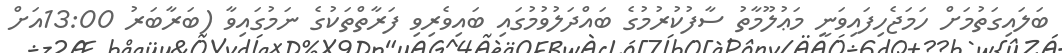
ބަލައިގަތުމަށް ހަމަޖެހިފައިވަނީ މަޢުލޫމާތު ސާފުކުރުމުގެ ބައްދަލުވުމުގައި ބައިވެރިވި ފަރާތްތަކުގެ ނަމުގައިވާ (ބަރާބަރު 13:00އަށް